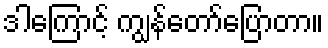
ဒါကြောင့် ကျွန်တော်ပြောတာ။